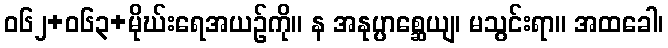
ဝ၆၂+၀၆၃+မိုဃ်းရေအယဉ်ကို။ န အနုပ္ပာစ္ဆေယျ၊ မသွင်းရာ။ အထခေါ၊